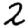
Digit: 2